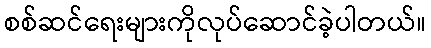
စစ်ဆင်ရေးများကိုလုပ်ဆောင်ခဲ့ပါတယ်။